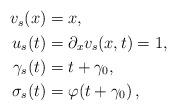
LaTeX: \begin{align*} \begin{aligned} v_s(x) &= x, \\ u_s(t) &= \partial_x v_s(x,t) = 1,\\ \gamma_s(t) &= t + \gamma_0, \\ \sigma_s(t) &= \varphi(t+\gamma_0) \, , \end{aligned}\end{align*}